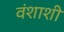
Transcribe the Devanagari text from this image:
वंशाशी